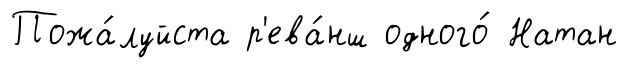
Пожа́луйста р'ева́нш одного́ Натан